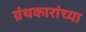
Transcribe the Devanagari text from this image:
ग्रंथकारांच्या